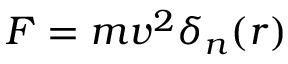
F = m v ^ { 2 } \delta _ { n } ( r )